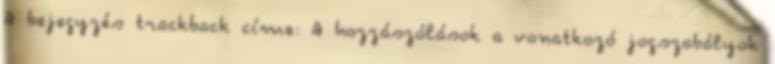
A bejegyzés trackback címe: A hozzászólások a vonatkozó jogszabályok